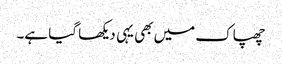
چھپاک میں بھی یہی دیکھا گیا ہے۔